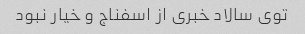
توی سالاد خبری از اسفناج و خیار نبود